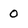
Character: 0